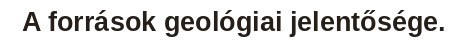
A források geológiai jelentősége.